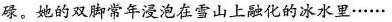
碌。她的双脚常年浸泡在雪山上融化的冰水里……